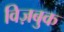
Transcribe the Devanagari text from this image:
विज़बुक